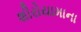
શીરોયામાના